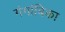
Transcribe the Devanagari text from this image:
गंगांबिका